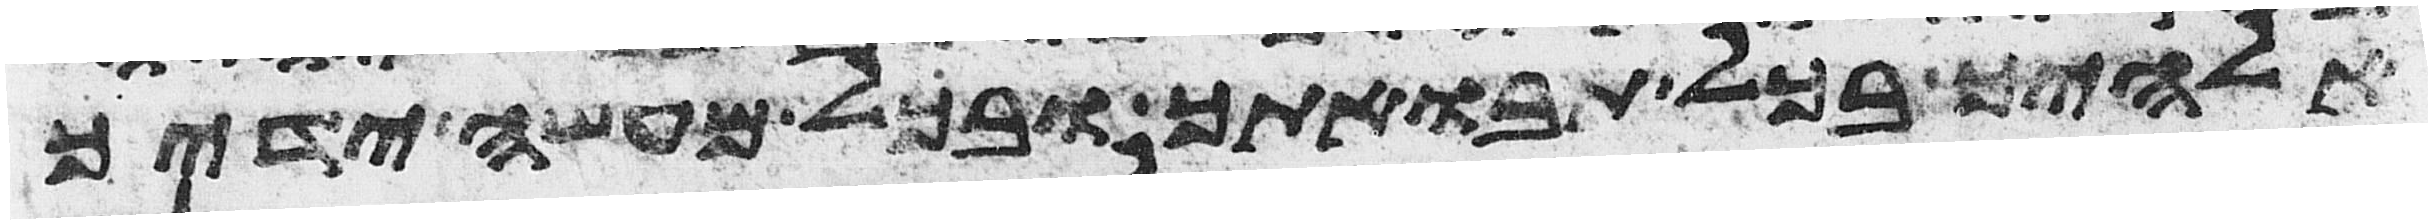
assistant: אלהיך בכל תבואתך ובכל מעשה ידיך